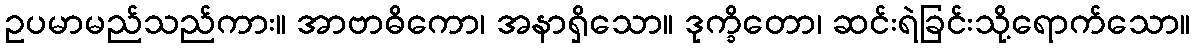
ဥပမာမည်သည်ကား။ အာဗာဓိကော၊ အနာရှိသော။ ဒုက္ခိတော၊ ဆင်းရဲခြင်းသို့ရောက်သော။